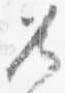
兀